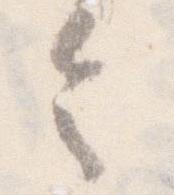
令